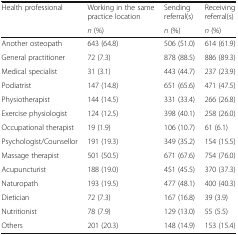
<table><thead><tr><td><b>Health professional</b></td><td><b>Working in the same practice location</b></td><td><b>Sending referral(s)</b></td><td><b>Receiving referral(s)</b></td></tr><tr><td></td><td><b><i>n</i> (%)</b></td><td><b><i>n</i> (%)</b></td><td><b><i>n</i> (%)</b></td></tr></thead><tbody><tr><td>Another osteopath</td><td>643 (64.8)</td><td>506 (51.0)</td><td>614 (61.9)</td></tr><tr><td>General practitioner</td><td>72 (7.3)</td><td>878 (88.5)</td><td>886 (89.3)</td></tr><tr><td>Medical specialist</td><td>31 (3.1)</td><td>443 (44.7)</td><td>237 (23.9)</td></tr><tr><td>Podiatrist</td><td>147 (14.8)</td><td>651 (65.6)</td><td>471 (47.5)</td></tr><tr><td>Physiotherapist</td><td>144 (14.5)</td><td>331 (33.4)</td><td>266 (26.8)</td></tr><tr><td>Exercise physiologist</td><td>124 (12.5)</td><td>398 (40.1)</td><td>258 (26.0)</td></tr><tr><td>Occupational therapist</td><td>19 (1.9)</td><td>106 (10.7)</td><td>61 (6.1)</td></tr><tr><td>Psychologist/Counsellor</td><td>191 (19.3)</td><td>349 (35.2)</td><td>154 (15.5)</td></tr><tr><td>Massage therapist</td><td>501 (50.5)</td><td>671 (67.6)</td><td>754 (76.0)</td></tr><tr><td>Acupuncturist</td><td>188 (19.0)</td><td>451 (45.5)</td><td>370 (37.3)</td></tr><tr><td>Naturopath</td><td>193 (19.5)</td><td>477 (48.1)</td><td>400 (40.3)</td></tr><tr><td>Dietician</td><td>72 (7.3)</td><td>167 (16.8)</td><td>39 (3.9)</td></tr><tr><td>Nutritionist</td><td>78 (7.9)</td><td>129 (13.0)</td><td>55 (5.5)</td></tr><tr><td>Others</td><td>201 (20.3)</td><td>148 (14.9)</td><td>153 (15.4)</td></tr></tbody></table>